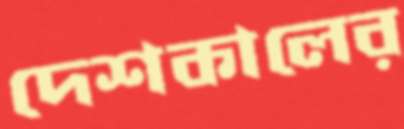
দেশকালের